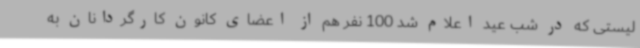
لیستی که در شب عید اعلام شد 100 نفر هم از اعضای کانون کارگردانان به